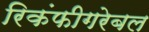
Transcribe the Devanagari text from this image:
रिकंफीगरेबल